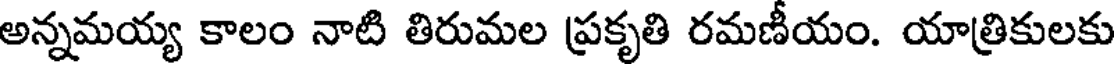
అన్నమయ్య కాలం నాటి తిరుమల ప్రకృతి రమణీయం. యాత్రికులకు